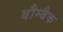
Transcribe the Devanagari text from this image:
बौम्बैक